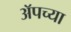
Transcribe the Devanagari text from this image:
अॅपच्या